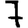
Digit: 7